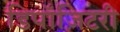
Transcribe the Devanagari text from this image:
डिपॉज़िटरी